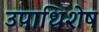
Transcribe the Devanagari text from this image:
उपाधिशेष